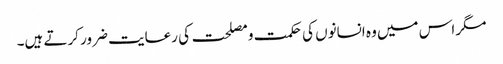
مگر اس میں وہ انسانوں کی حکمت و مصلحت کی رعایت ضرور کرتے ہیں۔